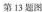
第 13 题图